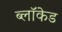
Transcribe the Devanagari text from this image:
ब्लॉकेड